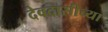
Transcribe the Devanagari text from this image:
देवदासीच्या